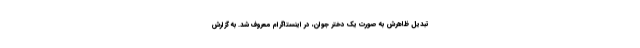
تبدیل ظاهرش به صورت یک دختر جوان، در اینستاگرام معروف شد. به گزارش